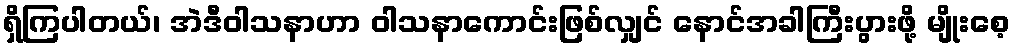
ရှိကြပါတယ်၊ အဲဒီဝါသနာဟာ ဝါသနာကောင်းဖြစ်လျှင် နောင်အခါကြီးပွားဖို့ မျိုးစေ့